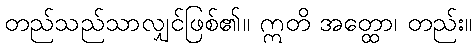
တည်သည်သာလျှင်ဖြစ်၏။ ဣတိ အတ္ထော၊ တည်း။